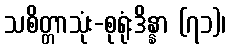
သစိတ္တာသုံး-စုရုံးဒိန္နာ (၇၁)၊